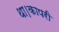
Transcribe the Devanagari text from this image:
था।कापरी